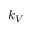
k _ { V }